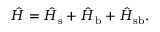
\hat { H } = \hat { H } _ { \mathrm { s } } + \hat { H } _ { \mathrm { b } } + \hat { H } _ { \mathrm { s b } } .